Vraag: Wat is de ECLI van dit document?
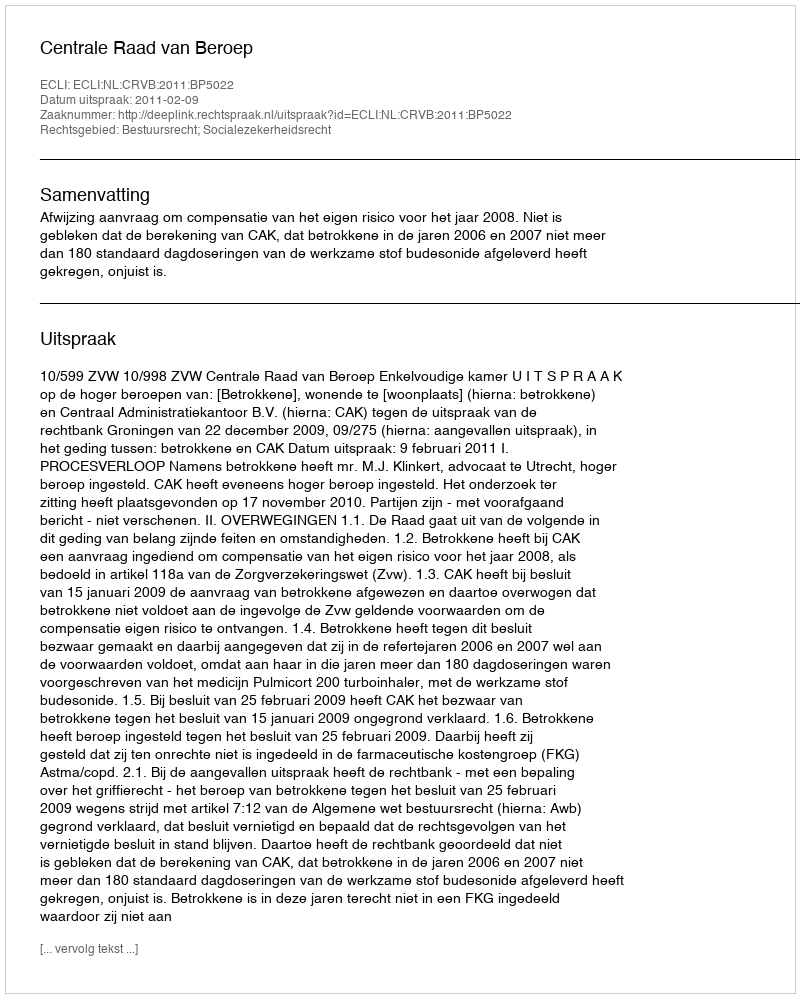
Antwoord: ECLI:NL:CRVB:2011:BP5022